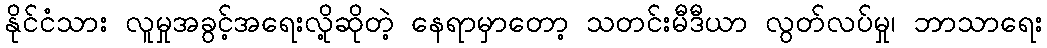
နိုင်ငံသား လူမှုအခွင့်အရေးလို့ဆိုတဲ့ နေရာမှာတော့ သတင်းမီဒီယာ လွတ်လပ်မှု၊ ဘာသာရေး